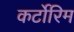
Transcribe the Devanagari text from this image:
कर्टोरिम